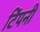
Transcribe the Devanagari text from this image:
टिंपनी